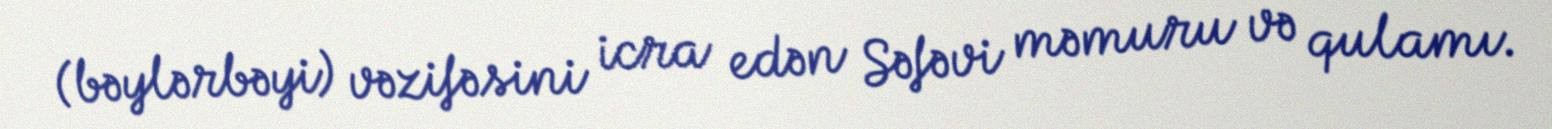
(bəylərbəyi) vəzifəsini icra edən Səfəvi məmuru və qulamı.